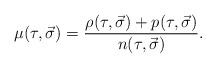
LaTeX: \begin{align*}\mu(\tau,\vec{\sigma}) = \frac{\rho(\tau,\vec{\sigma}) +p(\tau,\vec{\sigma})}{n(\tau,\vec{\sigma})}. \end{align*}